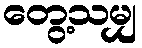
တွေ့သမျှ